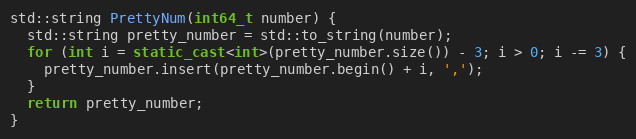
Language: C++
std::string PrettyNum(int64_t number) {
  std::string pretty_number = std::to_string(number);
  for (int i = static_cast<int>(pretty_number.size()) - 3; i > 0; i -= 3) {
    pretty_number.insert(pretty_number.begin() + i, ',');
  }
  return pretty_number;
}